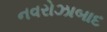
નવરોઝાબાદ